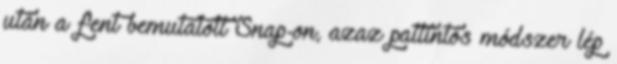
után a fent bemutatott Snap-on, azaz pattintós módszer lép